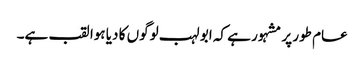
عام طور پر مشہور ہے کہ ابو لہب لوگوں کا دیا ہوا لقب ہے۔